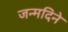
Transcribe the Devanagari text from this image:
जन्मदिने